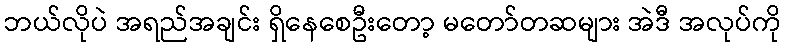
ဘယ်လိုပဲ အရည်အချင်း ရှိနေစေဦးတော့ မတော်တဆများ အဲဒီ အလုပ်ကို